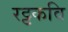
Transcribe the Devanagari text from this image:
रट्टकवि